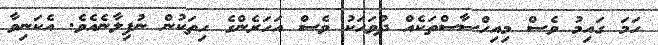
ހަމަ ގައިމު ވެސް މިއިހްސާސްތަކެއް ދުވަހަކު ވެސް އަހަރެންގެ ހިތަކުން ނުފިލާނެއެވެ. އެކަނިވާ